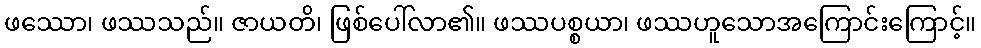
ဖဿော၊ ဖဿသည်။ ဇာယတိ၊ ဖြစ်ပေါ်လာ၏။ ဖဿပစ္စယာ၊ ဖဿဟူသောအကြောင်းကြောင့်။